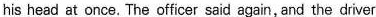
his head at once. The officer said again, and the driver